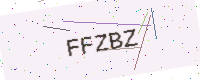
Text: FFZBZ